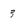
Character: 3